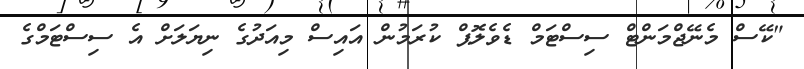
"ކޭސް މެނޭޖްމަންޓް ސިސްޓަމް ޑެވެލޮޕް ކުރަމުން އައިސް މިއަދުގެ ނިޔަލަށް އެ ސިސްޓަމްގެ